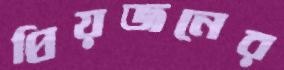
প্রিয়জনের